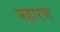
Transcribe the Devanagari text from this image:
महारण